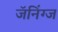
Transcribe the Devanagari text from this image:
जॅनिंग्ज